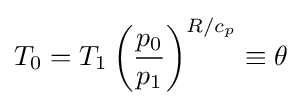
T_{0}=T_{1}\left({\frac {p_{0}}{p_{1}}}\right)^{R/c_{p}}\equiv \theta